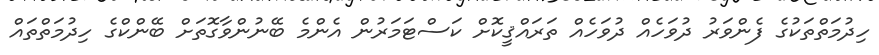
ހިދުމަތްތަކުގެ ފެންވަރު ދުވަހެއް ދުވަހެއް ތަރައްޤީކޮށް ކަސްޓަމަރުން އެންމެ ބޭނުންވާގޮތަށް ބޭންކްގެ ހިދުމަތްތައް